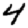
Digit: 4